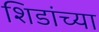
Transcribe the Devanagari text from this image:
शिडांच्या